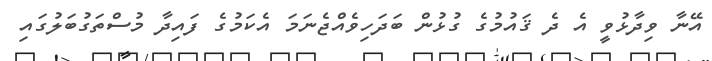
އޭނާ ވިދާޅުވީ އެ ދެ ޤައުމުގެ ގުޅުން ބަދަހިވެއްޖެނަމަ އެކަމުގެ ފައިދާ މުސްތަގުބަލުގައި